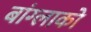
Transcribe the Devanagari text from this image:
बांग्लाको